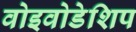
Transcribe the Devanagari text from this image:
वोइवोडेशिप